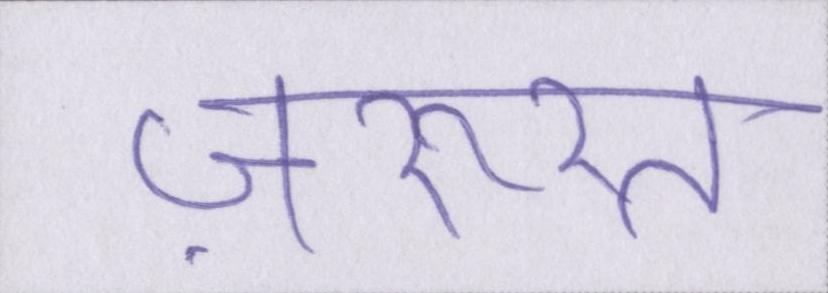
ज़रूरत